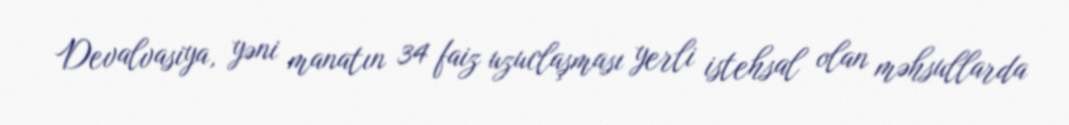
Devalvasiya, yəni manatın 34 faiz uzuclaşması yerli istehsal olan məhsullarda